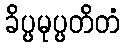
ခိပ္ပမုပ္ပတိတံ